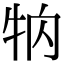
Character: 𤘻